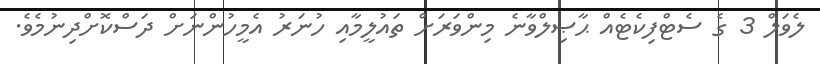
ލެވަލް 3 ގެ ސެޓްފިކެޓެއް ޙާޞިލްވާނެ މިންވަރަށް ތައުލީމާއި ހުނަރު އެމީހުންނަށް ދަސްކޮށްދިނުމެވެ.